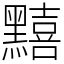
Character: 䵱